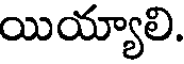
యియ్యాలి.